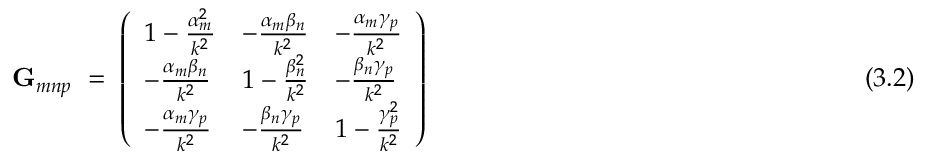
\mathbf { G } _ { m n p } ~ = ~ \left( { \begin{array} { l l l } { 1 - { \frac { \alpha _ { m } ^ { 2 } } { k ^ { 2 } } } } & { - { \frac { \alpha _ { m } \beta _ { n } } { k ^ { 2 } } } } & { - { \frac { \alpha _ { m } \gamma _ { p } } { k ^ { 2 } } } } \\ { - { \frac { \alpha _ { m } \beta _ { n } } { k ^ { 2 } } } } & { 1 - { \frac { \beta _ { n } ^ { 2 } } { k ^ { 2 } } } } & { - { \frac { \beta _ { n } \gamma _ { p } } { k ^ { 2 } } } } \\ { - { \frac { \alpha _ { m } \gamma _ { p } } { k ^ { 2 } } } } & { - { \frac { \beta _ { n } \gamma _ { p } } { k ^ { 2 } } } } & { 1 - { \frac { \gamma _ { p } ^ { 2 } } { k ^ { 2 } } } } \end{array} } \right) ~ ~ ~ ~ ~ ~ ~ ~ ~ ~ ~ ~ ~ ~ ~ ~ ~ ~ ~ ~ ~ ~ ~ ~ ~ ~ ~ ~ ~ ~ ~ ~ ~ ~ ~ ~ ~ ~ ~ ~ ~ ~ ~ ~ ~ ~ ~ ~ ~ ~ ~ ~ ~ ~ ( 3 . 2 )